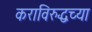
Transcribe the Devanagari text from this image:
कराविरुद्धच्या